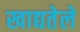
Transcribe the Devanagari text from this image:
खाद्यतेले